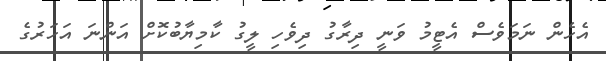
އެހެން ނަމަވެސް އެޓީމު ވަނީ ދިރާގު ދިވެހި ލީގު ކާމިޔާބުކޮށް އަންނަ އަހަރުގެ